画像に写った文字を読んでください
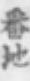
「番地」と書いてあります